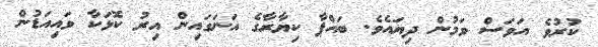
ކުރުވެ އަވަސް ވަމުން ދިޔައެވެ. ބައްޕާ ކިޔާރާގެ އަނަގައިން އިރު ކޮޅަކާ ވައިއަޑުން